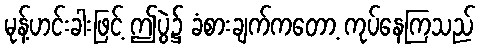
မုန့်ဟင်းခါးဖြင့် ဤပွဲ၌ ခံစားချက်ကတော့ ကုပ်နေကြသည်